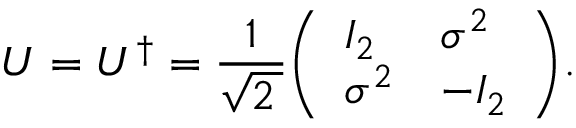
U = U ^ { \dagger } = { \frac { 1 } { \sqrt { 2 \, } } } { \left( \begin{array} { l l } { I _ { 2 } } & { \sigma ^ { 2 } } \\ { \sigma ^ { 2 } } & { - I _ { 2 } } \end{array} \right) } .